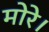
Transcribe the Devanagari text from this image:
मोरे।